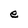
Character: e